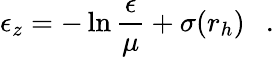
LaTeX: \epsilon_{z}=-\ln{\frac{\epsilon}{\mu}}+\sigma(r_{h})~~~.